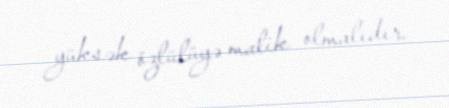
yüksək özlülüyə malik olmalıdır.